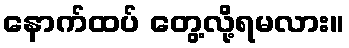
နောက်ထပ် တွေ့လို့ရမလား။